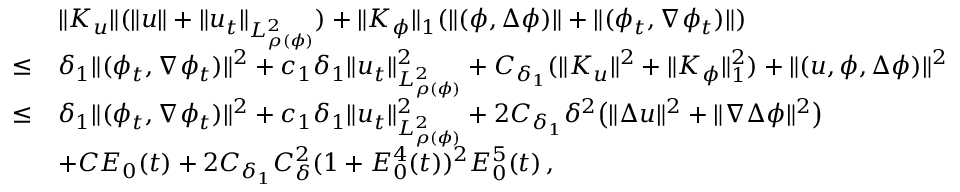
\begin{array} { r l } & { \| K _ { u } \| ( \| u \| + \| u _ { t } \| _ { L _ { \rho ( \phi ) } ^ { 2 } } ) + \| K _ { \phi } \| _ { 1 } ( \| ( \phi , \Delta \phi ) \| + \| ( \phi _ { t } , \nabla \phi _ { t } ) \| ) } \\ { \leq } & { \delta _ { 1 } \| ( \phi _ { t } , \nabla \phi _ { t } ) \| ^ { 2 } + c _ { 1 } \delta _ { 1 } \| u _ { t } \| _ { L _ { \rho ( \phi ) } ^ { 2 } } ^ { 2 } + C _ { \delta _ { 1 } } ( \| K _ { u } \| ^ { 2 } + \| K _ { \phi } \| _ { 1 } ^ { 2 } ) + \| ( u , \phi , \Delta \phi ) \| ^ { 2 } } \\ { \leq } & { \delta _ { 1 } \| ( \phi _ { t } , \nabla \phi _ { t } ) \| ^ { 2 } + c _ { 1 } \delta _ { 1 } \| u _ { t } \| _ { L _ { \rho ( \phi ) } ^ { 2 } } ^ { 2 } + 2 C _ { \delta _ { 1 } } \delta ^ { 2 } \big ( \| \Delta u \| ^ { 2 } + \| \nabla \Delta \phi \| ^ { 2 } \big ) } \\ & { + C E _ { 0 } ( t ) + 2 C _ { \delta _ { 1 } } C _ { \delta } ^ { 2 } ( 1 + E _ { 0 } ^ { 4 } ( t ) ) ^ { 2 } E _ { 0 } ^ { 5 } ( t ) \, , } \end{array}